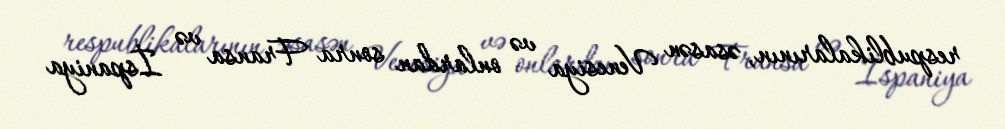
respublikalarının, əsasən Venesiya və onlardan sonra Fransa və İspaniya